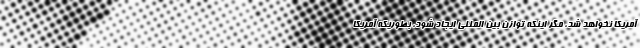
آمریکا نخواهد شد، مگر اینکه توازن بین المللی ایجاد شود، بطوریکه آمریکا